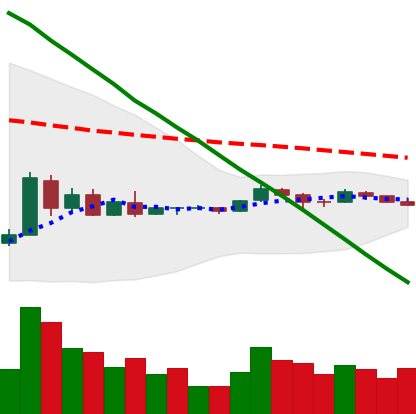
Ticker: XRP-USD
Chart end date: 2018-09-04
Forward return: -15.972%
Label: down_7plus